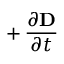
+ \, { \frac { \partial \mathbf { D } } { \partial t } }